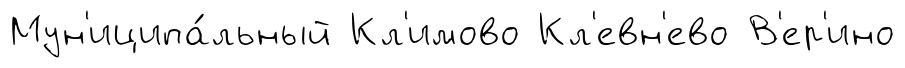
Мун'иципа́льный Кл'имово Кл'евн'ево В'ер'ино